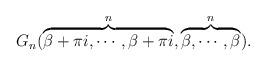
LaTeX: \begin{align*}G_n(\overbrace{\beta+\pi i,\cdots,\beta+\pi i}^n,\overbrace{\beta,\cdots,\beta}^n).\end{align*}